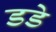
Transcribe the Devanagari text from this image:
डडे